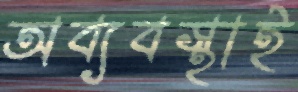
অব্যবস্থাই